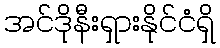
အင်ဒိုနီးရှားနိုင်ငံရှိ